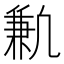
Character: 𫥣